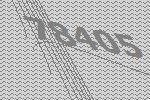
78405